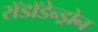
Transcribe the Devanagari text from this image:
रॉडॉडेन्ड्रोन